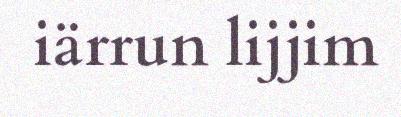
iärrun lijjim